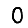
Digit: 0